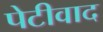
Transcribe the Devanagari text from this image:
पेटीवाद